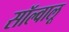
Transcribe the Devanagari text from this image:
सॉल्वालू